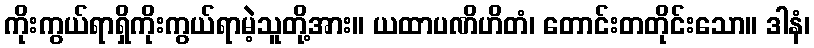
ကိုးကွယ်ရာရှိကိုးကွယ်ရာမဲ့သူတို့အား။ ယထာပဏိဟိတံ၊ တောင်းတတိုင်းသော။ ဒါနံ၊